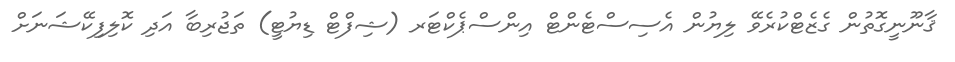
ޤާނޫނީގޮތުން ގެޒެޓްކުރެވޭ ލިޔުން އެސިސްޓެންޓް އިންސްޕެކްޓަރ (ޝިފްޓް ޑިޔުޓީ) ތަޖުރިބާ އަދި ކޮލިފިކޭޝަނަށް